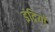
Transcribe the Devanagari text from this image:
इंद्रियॉ